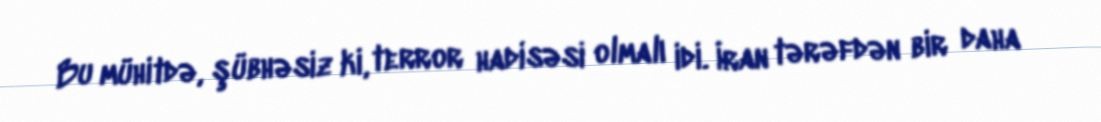
Bu mühitdə, şübhəsiz ki, terror hadisəsi olmalı idi. İran tərəfdən bir daha